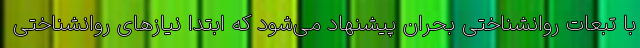
با تبعات روانشناختی بحران پیشنهاد می‌شود که ابتدا نیازهای روانشناختی